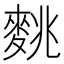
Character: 𪌪